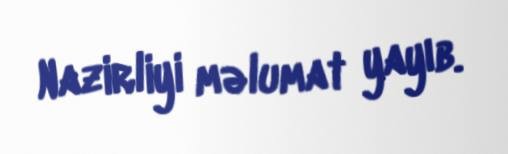
Nazirliyi məlumat yayıb.